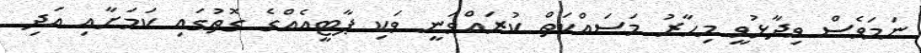
ނަމަވެސް ވިދާޅުވީ މިހާރު މަސައްކަތް ކުރައްވަނީ ވަކި ޕާޓީއެއްގެ ގޮތުގައި ކަމަށާއި އަދި